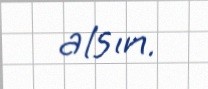
alsın.